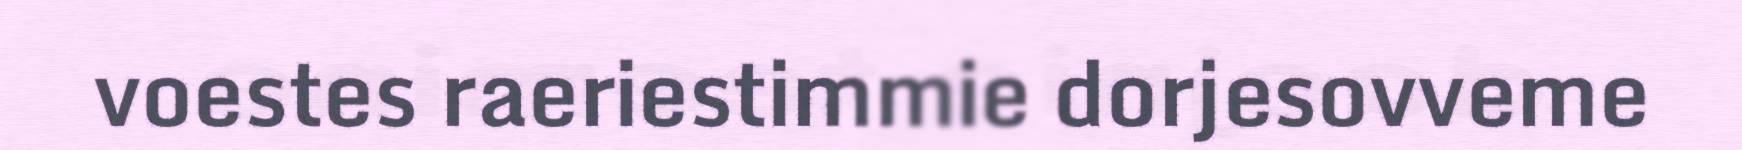
voestes raeriestimmie dorjesovveme